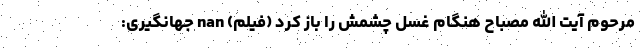
مرحوم آیت الله مصباح هنگام غسل چشمش را باز کرد (فیلم) nan جهانگیری: